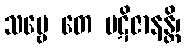
သဗ္ဗေ တေ ပဋိဇာနန္တိ၊